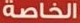
الخاصة